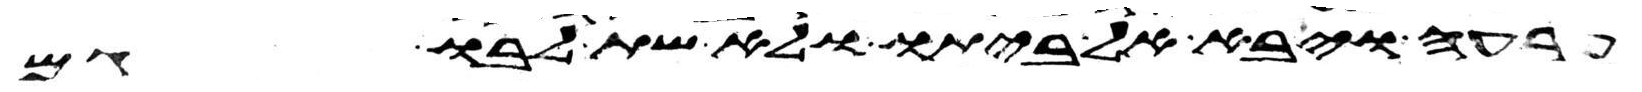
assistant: פרעה ויבא אל ביתו ולא שת לבו גם